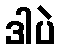
ဒါပဲ